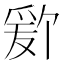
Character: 𬋫